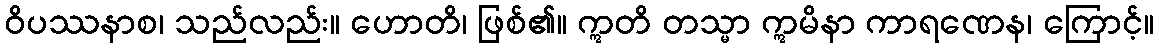
ဝိပဿနာစ၊ သည်လည်း။ ဟောတိ၊ ဖြစ်၏။ ဣတိ တသ္မာ ဣမိနာ ကာရဏေန၊ ကြောင့်။